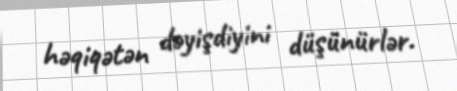
həqiqətən dəyişdiyini düşünürlər.